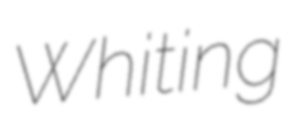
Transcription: Whiting